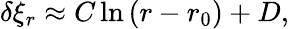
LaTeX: \begin{array}{r}{\delta\xi_{r}\approx C\ln\left(r-r_{0}\right)+D,}\end{array}